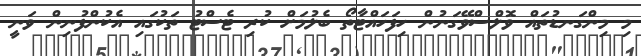
މި މިންގަނޑުތައް ވޮލްސްވޭގަނުން ހިފަހައްޓާތޯ ބެލުމަށް ކުރި ޓެސްޓު ތަކުގައި އެކުންފުނިން ވަނީ